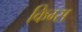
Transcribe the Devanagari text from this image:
किग्स